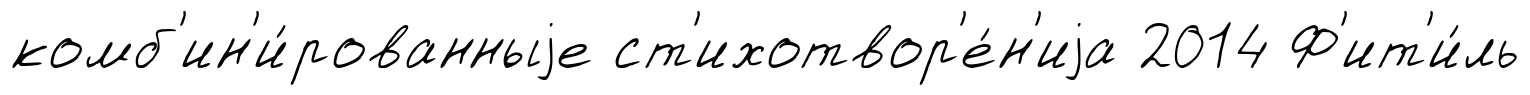
комб'ин'и́рованныjе ст'ихотвор'е́н'иjа 2014 Ф'ит'и́ль